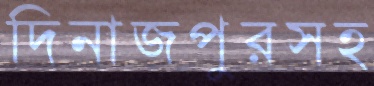
দিনাজপুরসহ